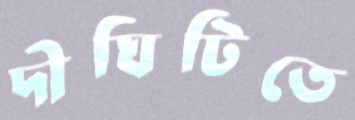
দীঘিটিতে